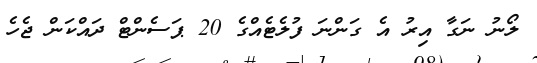
ލޯނު ނަގާ އިރު އެ ގަންނަ ފުލެޓެއްގެ 20 ޕަސެންޓް ދައްކަން ޖެހެ